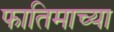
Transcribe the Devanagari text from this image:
फातिमाच्या